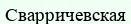
Сварричевская